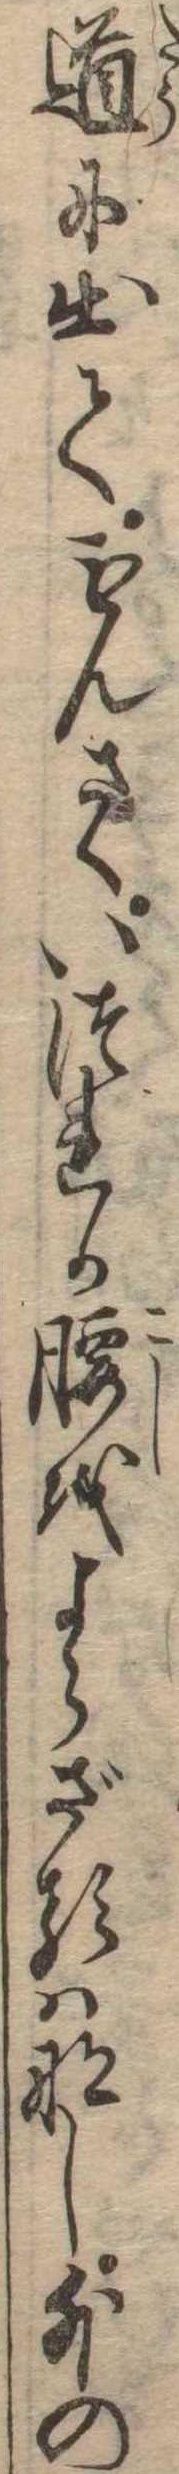
道に出てもんさくいづれか腰をよらざるはなし外の